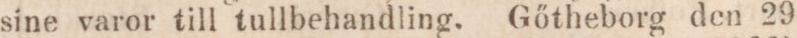
sine varor till tullbehandling. Gőtheborg den 29